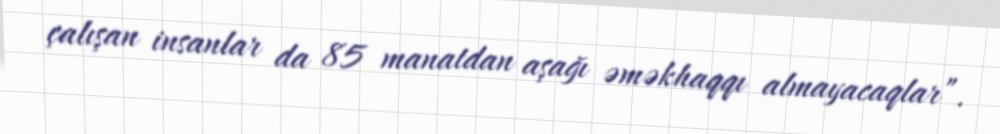
çalışan insanlar da 85 manatdan aşağı əməkhaqqı almayacaqlar”.